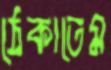
ঠেকাতেম